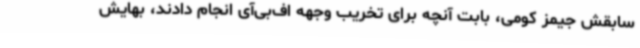
سابقش جیمز کومی، بابت آنچه برای تخریب وجهه اف‌بی‌آی انجام دادند، بهایش